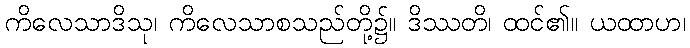
ကိလေသာဒိသု၊ ကိလေသာစသည်တို့၌။ ဒိဿတိ၊ ထင်၏။ ယထာဟ၊